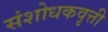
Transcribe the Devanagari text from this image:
संशोधकवृत्ती